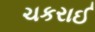
ચકરાઈ